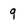
Character: g